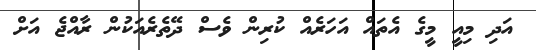
އަދި މިއީ މީގެ އެތައް އަހަރެއް ކުރިން ވެސް ދޭތެރެއަކުން ރާއްޖެ އަށް